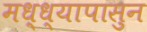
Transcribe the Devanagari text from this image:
मध्ध्यापासुन